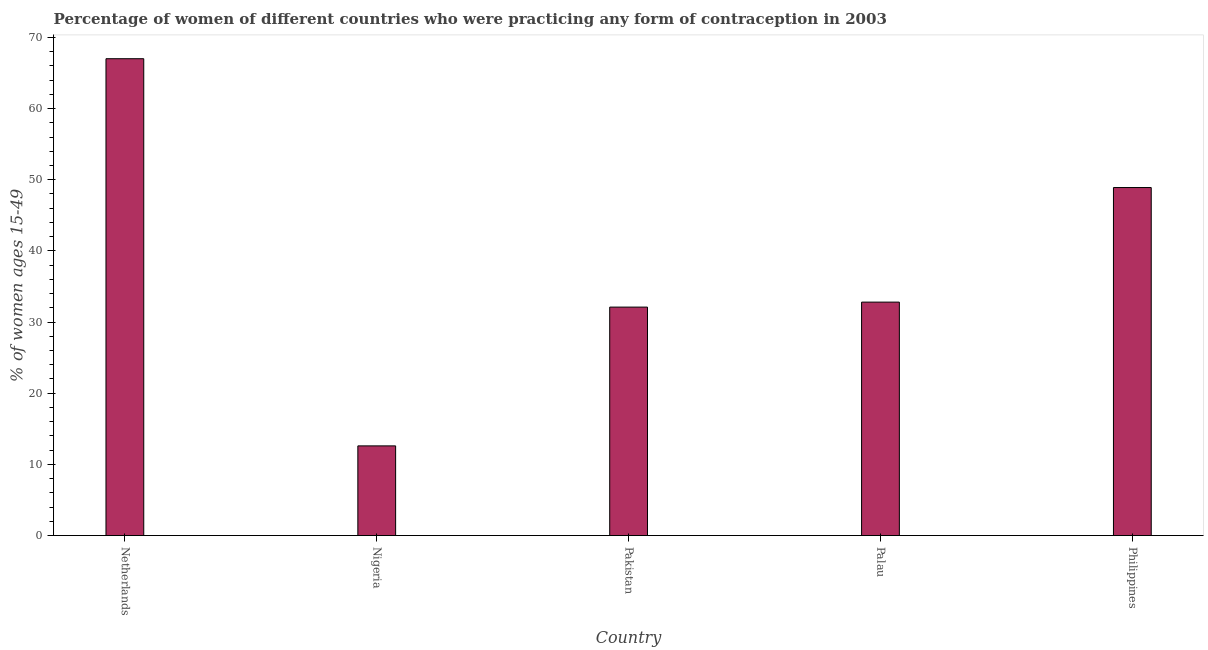
| Country | Contraceptive prevalence |
 | --- | --- |
 | Netherlands | 67 |
 | Nigeria | 12.6 |
 | Pakistan | 32.1 |
 | Palau | 32.8 |
 | Philippines | 48.9 |